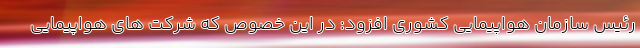
رئیس سازمان هواپیمایی کشوری افزود: در این خصوص که شرکت های هواپیمایی